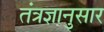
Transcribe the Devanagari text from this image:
तंत्रज्ञानुसार